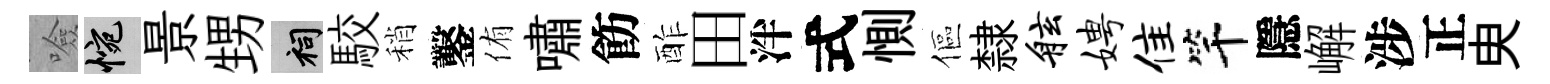
噞惋景甥祠駮稍鑿侑嘯飭酢田泮式惻傴隸舷娉隹竿隱嶰涉正㬰